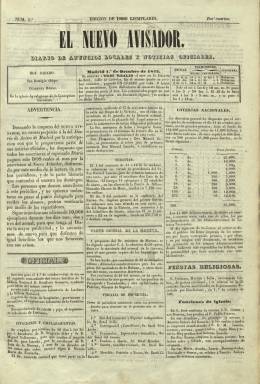
Título: El Nuevo avisador
Otros títulos: El Nuevo avisador, Revista de teatros
Colección: Periódicos anteriores a 1850
Ámbito geográfico: Madrid
Lugar de publicación: Madrid
Fechas: 01/10/1842-06/10/1845

Aparece su primer número el uno de octubre de 1842 en un momento en el que ya se publicaban en Madrid otros tres diarios de la misma tipología, la que entonces se denominaba de “anuncios” y de “avisos”, y que después ha sido clasificada como prensa de “servicios” o “utilitaria”, es decir, la que ofrece breves y simples textos de noticias y datos a la vez que publicidad comercial y anuncios “por palabras”, ajena completamente del doctrinarismo político y que incluía algún pasatiempo, pero, especialmente, textos de carácter literario, y que también tuvo ejemplos en la prensa de provincias de la época.

El más veterano de ellos era Diario de avisos de Madrid (1825-1847), y ese mismo año 1842 habían aparecido previamente El Avisador, el uno de junio, y El Gratis, el uno de agosto, entablándose entre todos una dura competencia. En este caso contra el que califica de “viejo” Avisador, a la vez que el “nuevo” ofrecía un descuento a los suscriptores que lo fueran también del Diario de avisos…

Los formatos de estos periódicos “comerciales” o “mercantiles” también eran similares, en entregas de cuatro páginas, y en el caso de El Nuevo avisador compuesto a tres columnas, estampado en la Imprenta de Ignacio Boix. Adopta el subtítulo “diario de anuncios locales y noticias oficiales”, con la indicación en su cabecera de la tirada de su edición -1.000 ejemplares- , en la que incluye también el santoral y las previsiones meteorológicas. Sus secciones y subsecciones son numerosas: Oficial, Subastas, Parte oficial de la Gaceta, Loterías nacionales (premios), Noticias locales, Fiestas religiosas, Anuncios, Ventas, Libros, Transportes, Mercado, Pérdidas, Nodrizas, Agenda, Alquileres, Ventas de Bienes Nacionales, Efemérides, Bolsa, Espectáculos (teatros, circo y toros) o Folletín. Inserta también grabados.

Al finalizar 1842, el periódico ampliará su formato, pero se reducirá a dos páginas, compuestas ahora a cuatro columnas, a la vez que comienza a venderse conjuntamente con Revista de teatros, que venía publicándose desde el cuatro de abril de 1841, también propiedad del impresor Ignacio Boix, y que a partir de ahora modifica también su formato y subtítulo, siendo ahora “diario pintoresco de literatura”. Por su parte, El Gratis publicará su último número el 15 de enero de 1843.

Desde el 18 al 25 de julio de 1843 llegaron a estar unificados en uno los dos títulos, quedando como El Nuevo avisador, Revista de teatros. Tanto el uno como la otra cesarán en su publicación el mismo día: el seis de octubre de 1845. A partir del 15 de noviembre de este año aparecería otro periódico con el título El Nuevo avisador madrileño, del que poco se sabe. También, en 1848, de la misma imprenta de Boix saldría El Nuevo avisador de Madrid.

Previamente, cuando, a finales de febrero de 1844, el “viejo” El Avisador, que había sido una de las empresas del editor Francisco de Paula Mellado, había cesado asimismo en su publicación, El Nuevo avisador se había hecho cargo de sus suscripciones. En este colaboraron Antonio Ferrer del Río, Antonio Flores y Juan Pérez Calvo, según Hartzenbusch: (1894).